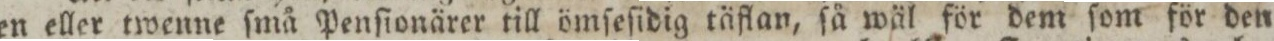
en eller twenne ſmå Penſionärer till ömſeſidig täflan, ſå wäl för dem ſom för den